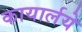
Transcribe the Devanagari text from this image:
कायार्लये